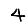
Digit: 4